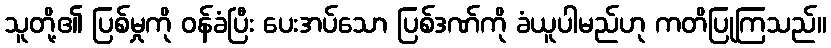
သူတို့၏ ပြစ်မှုကို ဝန်ခံပြီး ပေးအပ်သော ပြစ်ဒဏ်ကို ခံယူပါမည်ဟု ကတိပြုကြသည်။